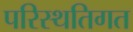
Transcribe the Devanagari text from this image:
परिस्थतिगत